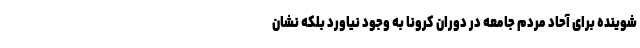
شوینده برای آحاد مردم جامعه در دوران کرونا به وجود نیاورد بلکه نشان